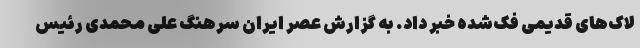
لاک‌های قدیمی فک‌شده خبر داد. به گزارش عصر ایران سرهنگ علی محمدی رئیس